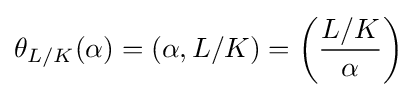
\theta _{L/K}(\alpha )=(\alpha ,L/K)=\left({\frac {L/K}{\alpha }}\right)